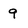
Character: 9